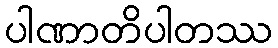
ပါဏာတိပါတဿ